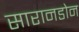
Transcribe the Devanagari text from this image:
सारानडोन